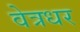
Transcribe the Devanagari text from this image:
वेत्रधर